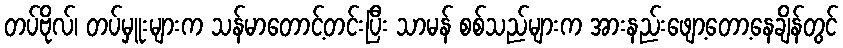
တပ်ဗိုလ်၊ တပ်မှူးများက သန်မာတောင့်တင်းပြီး သာမန် စစ်သည်များက အားနည်းဖျော့တော့နေချိန်တွင်